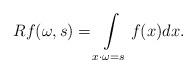
LaTeX: \begin{align*}Rf(\omega, s)= \int\limits_{x \cdot \omega=s}f(x)dx.\end{align*}